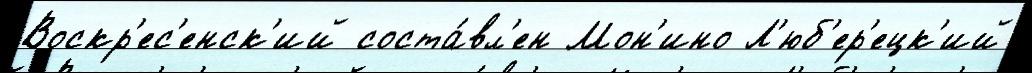
Воскр'ес'енск'ий соста́вл'ен Мон'ино Л'юб'ер'ецк'ий